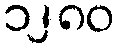
၁၂၈၀